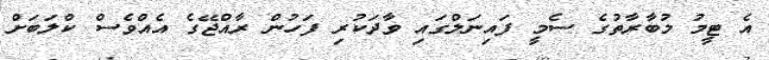
އެ ޓީމު މުބާރާތުގެ ސެމީ ފައިނަލްގައި ވާދަކުރި ފަހުން ރާއްޖޭގެ އެއްވެސް ކްލަބަށް